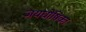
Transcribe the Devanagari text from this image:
जयघोषिका